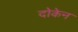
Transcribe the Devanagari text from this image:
दोकेन